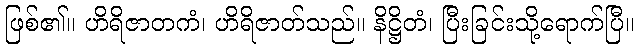
ဖြစ်၏။ ဟိရိဇာတကံ၊ ဟိရိဇာတ်သည်။ နိဋ္ဌိတံ၊ ပြီးခြင်းသို့ရောက်ပြီ။